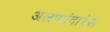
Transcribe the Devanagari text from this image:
अलामांदारेस